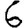
Digit: 6